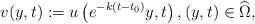
LaTeX: \begin{align*} v(y,t):= u\left( e^{-k(t-t_0)}y, t\right), (y,t) \in \widehat \Omega,\end{align*}